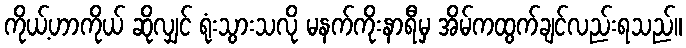
ကိုယ့်ဟာကိုယ် ဆိုလျှင် ရုံးသွားသလို မနက်ကိုးနာရီမှ အိမ်ကထွက်ချင်လည်းရသည်။